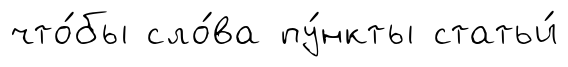
что́бы сло́ва пу́нкты статьи́